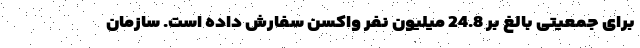
برای جمعیتی بالغ بر 24.8 میلیون نفر واکسن سفارش داده است. سازمان